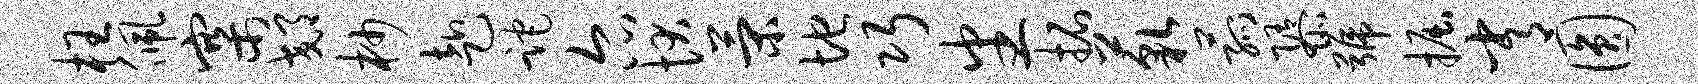
枉佩寨郊杪赴跎尔状策地巧番拓藐菰隳号掘常圆